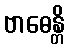
ဗာဓေန္တိ